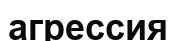
агрессия